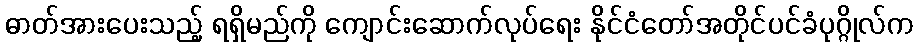
ဓာတ်အားပေးသည့် ရရှိမည်ကို ကျောင်းဆောက်လုပ်ရေး နိုင်ငံတော်အတိုင်ပင်ခံပုဂ္ဂိုလ်က